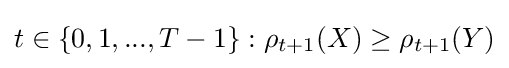
t\in \{0,1,...,T-1\}:\rho _{t+1}(X)\geq \rho _{t+1}(Y)